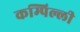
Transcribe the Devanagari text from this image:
कम्पिल्ली